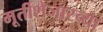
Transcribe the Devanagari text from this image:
मूर्तीशेजारच्या